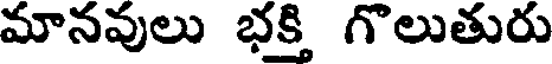
మానవులు భక్తి గొలుతురు